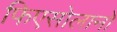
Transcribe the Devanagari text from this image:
फिएसोलानो